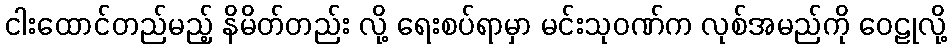
ငါးထောင်တည်မည့် နိမိတ်တည်း လို့ ရေးစပ်ရာမှာ မင်းသုဝဏ်က လုစ်အမည်ကို ဝေဠုလို့